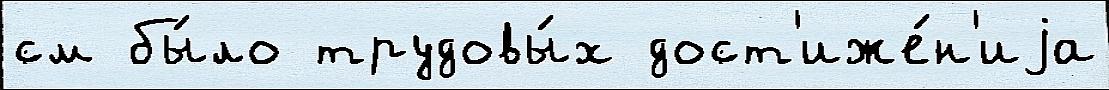
см бы́ло трудовы́х дост'иже́н'иjа